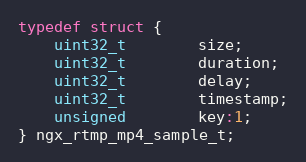
Language: C
typedef struct {
    uint32_t        size;
    uint32_t        duration;
    uint32_t        delay;
    uint32_t        timestamp;
    unsigned        key:1;
} ngx_rtmp_mp4_sample_t;